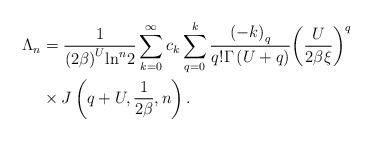
LaTeX: \begin{align*}{\Lambda _n} &= \frac{1}{{{{\left( {2\beta } \right)}^U}}{{{\ln }^n}2}}\sum\limits_{k = 0}^\infty {{c_k}\sum\limits_{q = 0}^k {\frac{{{{\left( { - k} \right)}_q} }}{{q!\Gamma \left( {U + q} \right)}}{{\left( {\frac{U}{{2\beta \xi }}} \right)}^q}} } \\&\times J\left( {q + U,\frac{1}{{2\beta }},n} \right).\end{align*}